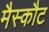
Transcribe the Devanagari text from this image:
मैस्कौट